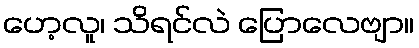
ဟေ့လူ၊ သိရင်လဲ ပြောလေဗျာ။